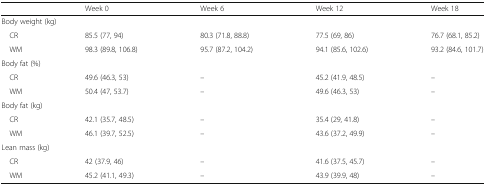
<table><thead><tr><td></td><td><b>Week 0</b></td><td><b>Week 6</b></td><td><b>Week 12</b></td><td><b>Week 18</b></td></tr></thead><tbody><tr><td colspan="5">Body weight (kg)</td></tr><tr><td> CR</td><td>85.5 (77, 94)</td><td>80.3 (71.8, 88.8)</td><td>77.5 (69, 86)</td><td>76.7 (68.1, 85.2)</td></tr><tr><td> WM</td><td>98.3 (89.8, 106.8)</td><td>95.7 (87.2, 104.2)</td><td>94.1 (85.6, 102.6)</td><td>93.2 (84.6, 101.7)</td></tr><tr><td colspan="5">Body fat (%)</td></tr><tr><td> CR</td><td>49.6 (46.3, 53)</td><td>–</td><td>45.2 (41.9, 48.5)</td><td>–</td></tr><tr><td> WM</td><td>50.4 (47, 53.7)</td><td>–</td><td>49.6 (46.3, 53)</td><td>–</td></tr><tr><td colspan="5">Body fat (kg)</td></tr><tr><td> CR</td><td>42.1 (35.7, 48.5)</td><td>–</td><td>35.4 (29, 41.8)</td><td>–</td></tr><tr><td> WM</td><td>46.1 (39.7, 52.5)</td><td>–</td><td>43.6 (37.2, 49.9)</td><td>–</td></tr><tr><td colspan="5">Lean mass (kg)</td></tr><tr><td> CR</td><td>42 (37.9, 46)</td><td>–</td><td>41.6 (37.5, 45.7)</td><td>–</td></tr><tr><td> WM</td><td>45.2 (41.1, 49.3)</td><td>–</td><td>43.9 (39.9, 48)</td><td>–</td></tr></tbody></table>